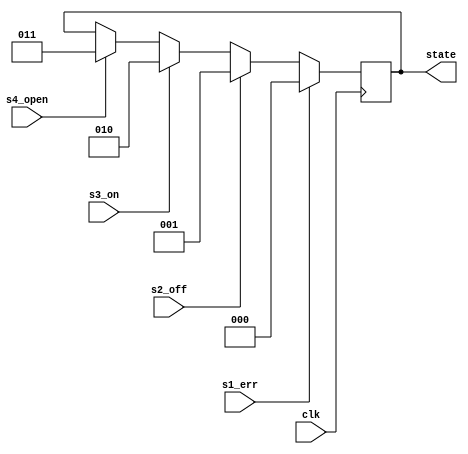
`timescale 1ns / 1ps
//////////////////////////////////////////////////////////////////////////////////
// Company: 
// Engineer: 
// 
// Design Name: 
// Module Name:    sd 
// Project Name: 
// Target Devices: 
// Tool versions: 
// Description: 
//
// Dependencies: 
//
// Revision: 
// Revision 0.01 - File Created
// Additional Comments: 
//
//////////////////////////////////////////////////////////////////////////////////
`timescale 1ns / 1ps

/* module statedetect(result_on,result_off,result_err,result_open,result_buzz,clk_50MHz,state);
input result_on,result_off,result_err,result_open,result_buzz,clk_50MHz; */



module statedetect(clk,s1_err,s2_off,s3_on,s4_open,state);
input clk,s1_err,s2_off,s3_on,s4_open;

output reg [2:0] state;
//output reg buzzer;
//reg [27:0] temp;

always@(posedge clk)
begin

   if(s1_err)
     state=3'b000;
   else if (s2_off)
	  state=3'b001;
	else if (s3_on)
	  state=3'b010;
	else if (s4_open)
	  state=3'b011;

end
endmodule